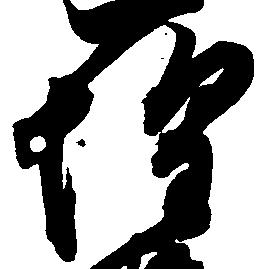
惶